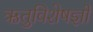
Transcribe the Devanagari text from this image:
ऋतुविशेषज्ञों